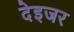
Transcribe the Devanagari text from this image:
देइजर